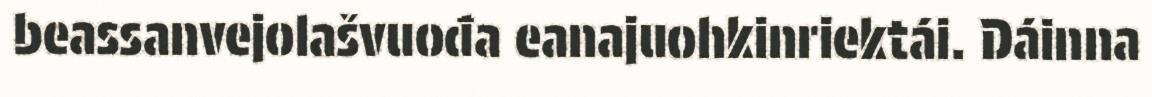
beassanvejolašvuođa eanajuohkinriektái. Dáinna